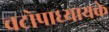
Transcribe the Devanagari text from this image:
चटोपाध्यायके